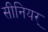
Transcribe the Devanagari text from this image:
सीनियर्